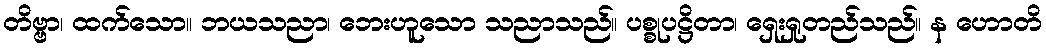
တိဗ္ဗာ၊ ထက်သော။ ဘယသညာ၊ ဘေးဟူသော သညာသည်။ ပစ္စုပဋ္ဌိတာ၊ ရှေးရှုတည်သည်။ န ဟောတိ